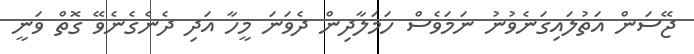
ޖޭސަން އަތުލައިގަނެވުނު ނަމަވެސް ހަމަލާދިން ދެވަނަ މީހާ އަދި ދެނެގެނެވޭ ގޮތް ވަނީ